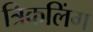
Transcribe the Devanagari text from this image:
त्रिकलिंग